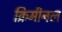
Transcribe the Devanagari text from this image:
क्रिमीनल